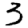
Digit: 3